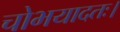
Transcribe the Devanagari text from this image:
चोभयादतः।